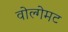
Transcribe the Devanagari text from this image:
वोल्गेमट